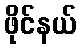
ဖိုင်နယ်